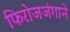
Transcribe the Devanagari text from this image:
फिरोजजंगाने